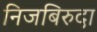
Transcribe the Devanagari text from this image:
निजबिरुदा